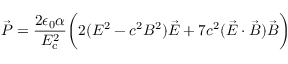
{ \vec { P } } = { \frac { 2 \epsilon _ { 0 } \alpha } { E _ { \mathrm { c } } ^ { 2 } } } { \bigg ( } 2 ( E ^ { 2 } - c ^ { 2 } B ^ { 2 } ) { \vec { E } } + 7 c ^ { 2 } ( { \vec { E } } \cdot { \vec { B } } ) { \vec { B } } { \bigg ) }